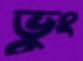
ভুং